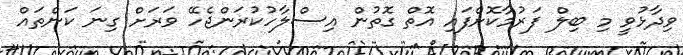
ވިދާޅުވީ މި ބިލް ފަރުމާކޮށްފައި އޮތް ގޮތުން އިސްލާހުކުރަންޖެހޭ ވަރަށް ގިނަ ކަންތައް